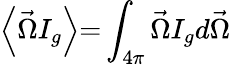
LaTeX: \left\langle\vec{\Omega}I_{g}\right\rangle\mathrm{=}\int_{\mathrm{4}\pi}\vec{\Omega}I_{g}d\vec{\Omega}